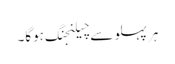
ہر پہلو سے چیلنجنگ ہوگا۔